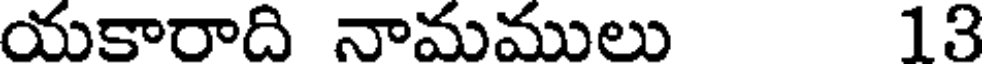
యకారాది నామములు 13